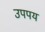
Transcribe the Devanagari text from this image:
उपपय